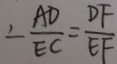
\angle \frac { A D } { E C } = \frac { D F } { E F }